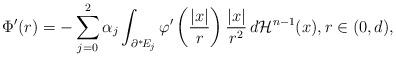
LaTeX: \begin{align*} \Phi^\prime(r) = -\sum_{j=0}^2\alpha_j\int_{\partial^* \!E_j} \varphi^\prime\left(\frac{|x|}{r}\right) \frac{|x|}{r^2}\, d\mathcal{H}^{n-1}(x), r\in(0,d),\end{align*}